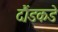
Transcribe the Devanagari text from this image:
दौंडकडे